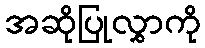
အဆိုပြုလွှာကို